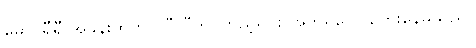
မှောင်ရီရီ အခန်းထဲတွင် ဝီလီကို ကြည့်ရင်း အက်ရှလေ တွေးနေမိသည်။